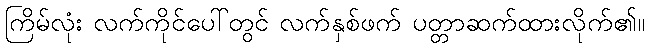
ကြိမ်လုံး လက်ကိုင်ပေါ်တွင် လက်နှစ်ဖက် ပတ္တာဆက်ထားလိုက်၏။